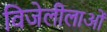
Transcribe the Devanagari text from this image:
विजेलीलाओं